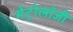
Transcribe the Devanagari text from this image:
मेट्रोलॉजी